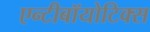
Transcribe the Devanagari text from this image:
एन्टीबॉयोटिक्स